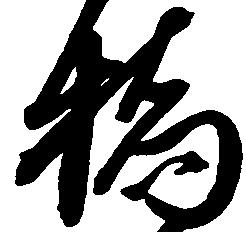
橋